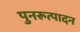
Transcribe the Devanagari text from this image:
पुनरूत्पादन